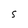
Character: S